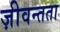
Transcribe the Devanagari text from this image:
ज़ीवन्तता